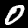
Digit: 0